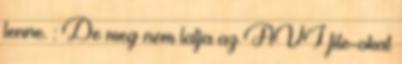
lenne. : De meg nem latja az AVI file-okat